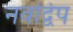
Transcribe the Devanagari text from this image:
नवद्विप